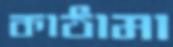
কাঠামা